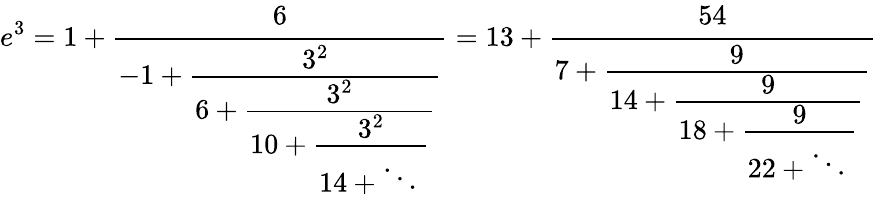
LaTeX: e^{3}=1+{\cfrac{6}{-1+{\cfrac{3^{2}}{6+{\cfrac{3^{2}}{10+{\cfrac{3^{2}}{14+\ddots\, }}}}}}}}=13+{\cfrac{54}{7+{\cfrac{9}{14+{\cfrac{9}{18+{\cfrac{9}{22+\ddots\, }}}}}}}}